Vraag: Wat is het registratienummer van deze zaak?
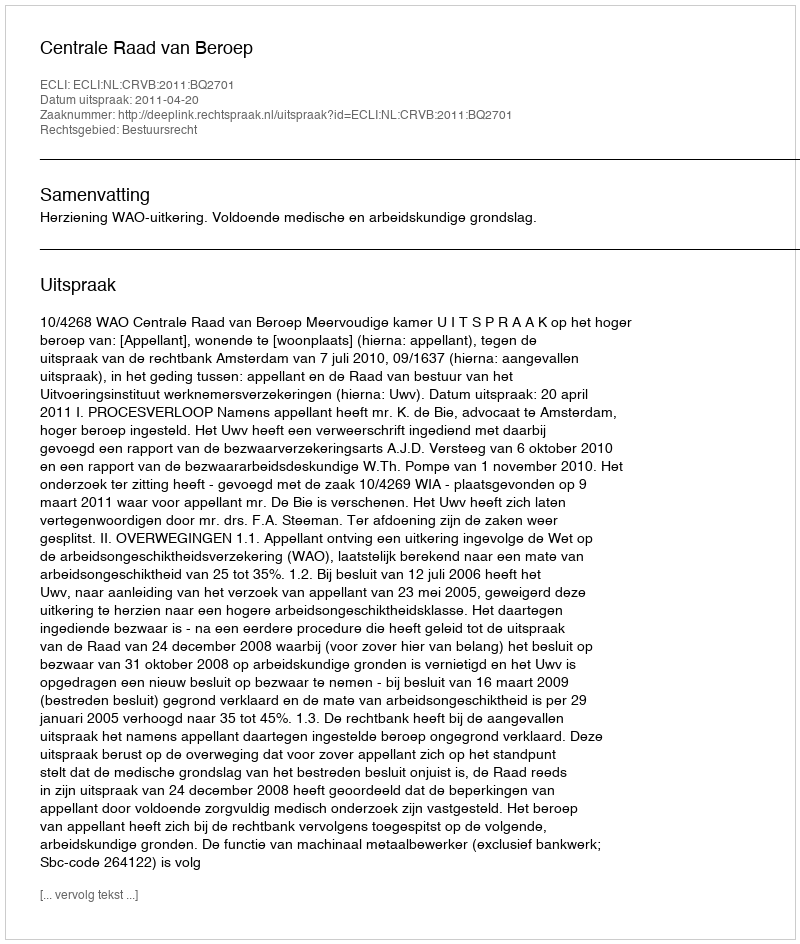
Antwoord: http://deeplink.rechtspraak.nl/uitspraak?id=ECLI:NL:CRVB:2011:BQ2701